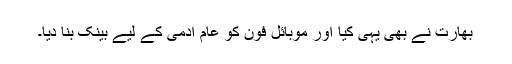
بھارت نے بھی یہی کیا اور موبائل فون کو عام آدمی کے لیے بینک بنا دیا۔